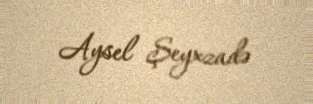
Aysel Şeyxzadə